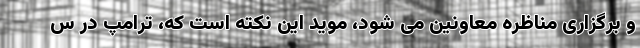
و برگزاری مناظره معاونین می شود، موید این نکته است که، ترامپ در س